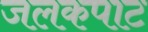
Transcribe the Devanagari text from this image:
जलकपाट